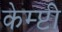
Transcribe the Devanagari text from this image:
केम्प्टी